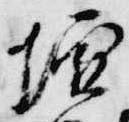
壇